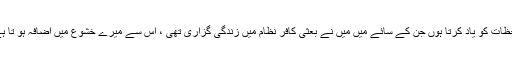
میں اکثر نماز میں ان ایمانی اور معنوی لحظات کو یاد کرتا ہوں جن کے سائے میں میں نے بعثی کافر نظام میں زندگی گزاری تھی ، اس سے میرے خشوع میں اضافہ ہو تا ہے ، کیا اس سے نماز باطل ہو جاتی ہے ؟